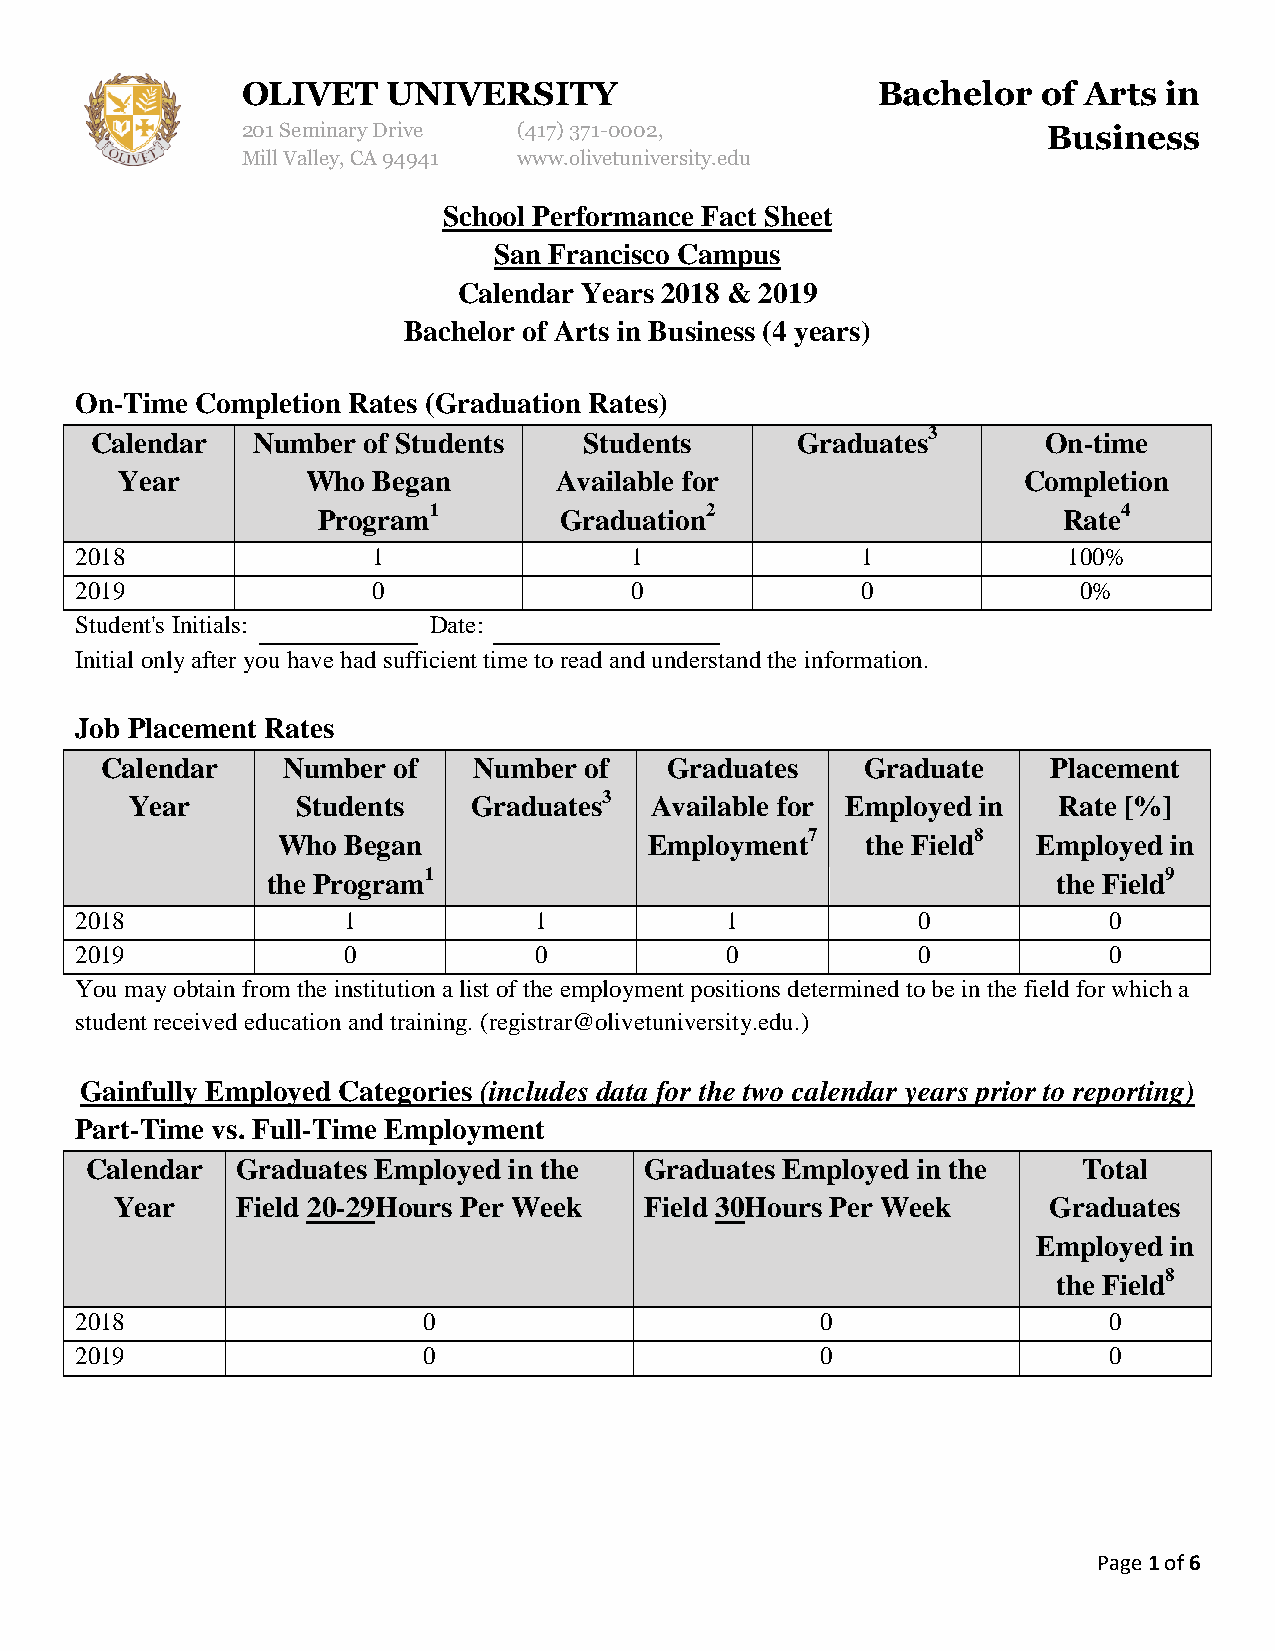
OLIVET    UNIVERSITY                      Bachelor   of Arts in
 201 Seminary Drive (417)371-0002,                    Business
 Mill Valley, CA 94941 www.olivetuniversity.edu
 School Performance Fact Sheet
 San Francisco Campus
 Calendar Years 2018 & 2019
 Bachelor of Arts in Business (4 years)
 On-Time Completion Rates (Graduation Rates)
 Calendar   Number of Students    Students      Graduates3      On-time
 Year        Who  Began       Available for                  Completion
 Program1        Graduation2                      Rate4
 2018                1                1              1             100%
 2019                0                0              0              0%
 Student's Initials:    Date:
 Initial only after you have had sufficient time to read and understand the information.
 Job Placement Rates
 Calendar    Number of   Number  of   Graduates    Graduate     Placement
 Year       Students   Graduates3  Available for Employed in  Rate [%]
 Who  Began               Employment7   the Field8  Employed in
 the Program1                                        the Field9
 2018              1           1            1            0           0
 2019              0           0            0            0           0
 You may obtain from the institution a list of the employment positions determined to be in the field for which a
 student received education and training. (registrar@olivetuniversity.edu.)
 Gainfully Employed Categories (includes data for the two calendar years prior to reporting)
 Part-Time vs. Full-Time Employment
 Calendar  Graduates Employed in the  Graduates Employed in the    Total
 Year    Field 20-29Hours Per Week  Field 30Hours Per Week    Graduates
 Employed in
 the Field8
 2018                   0                         0                  0
 2019                   0                         0                  0
 Page 1 of 6